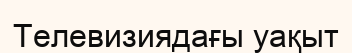
Телевизиядағы уақыт